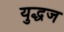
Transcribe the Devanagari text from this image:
युद्धज